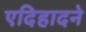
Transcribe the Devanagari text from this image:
एदिहादने